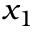
x _ { 1 }